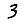
Digit: 3